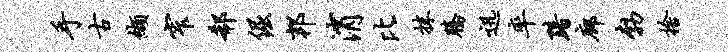
手古缬窄欷倔邦消比抹腾迅率黯廊勃舍